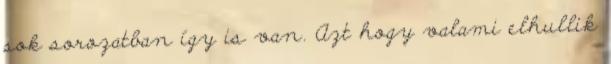
sok sorozatban így is van. Azt hogy valami elhullik